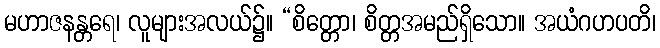
မဟာဇနန္တရေ၊ လူများအလယ်၌။ “စိတ္တော၊ စိတ္တအမည်ရှိသော။ အယံဂဟပတိ၊